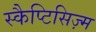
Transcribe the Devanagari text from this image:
स्कैप्टिसिज़्म